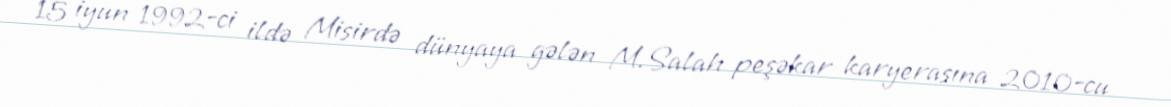
15 iyun 1992-ci ildə Misirdə dünyaya gələn M.Salah peşəkar karyerasına 2010-cu